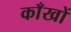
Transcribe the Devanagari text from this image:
काँखों